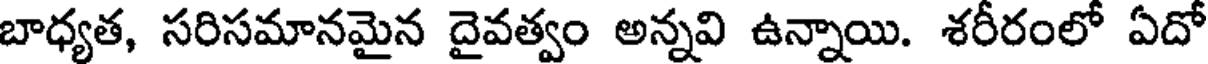
బాధ్యత, సరిసమానమైన దైవత్వం అన్నవి ఉన్నాయి. శరీరంలో ఏదో